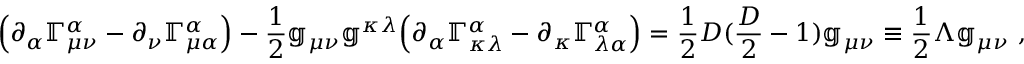
\Big ( \partial _ { \alpha } \mathbb { \Gamma } _ { \mu \nu } ^ { \alpha } - \partial _ { \nu } \mathbb { \Gamma } _ { \mu \alpha } ^ { \alpha } \Big ) - \frac { 1 } { 2 } \mathbb { g } _ { \mu \nu } \mathbb { g } ^ { \kappa \lambda } \Big ( \partial _ { \alpha } \mathbb { \Gamma } _ { \kappa \lambda } ^ { \alpha } - \partial _ { \kappa } \mathbb { \Gamma } _ { \lambda \alpha } ^ { \alpha } \Big ) = \frac { 1 } { 2 } D ( \frac { D } { 2 } - 1 ) \mathbb { g } _ { \mu \nu } \equiv \frac { 1 } { 2 } \Lambda \mathbb { g } _ { \mu \nu } ~ ,